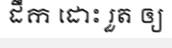
ដឹក ដោះ រួត ឲ្យ